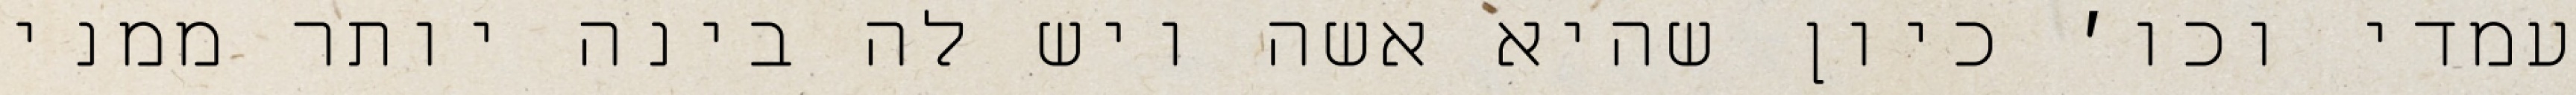
עמדי וכו׳ כיון שהיא אשה ויש לה בינה יותר ממני